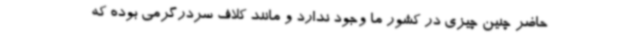
حاضر چنین چیزی در کشور ما وجود ندارد و مانند کلاف سردرگرمی بوده که